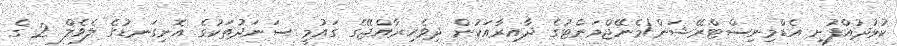
ކުޅުދުއްފުށި އެޑްމިނިސްޓްރޭޝަން/މެނޭޖްމަންޓުގެ ދާއިރާއަކުން ދިވެހިރާއްޖޭގެ ގައުމީ ސަނަދުތަކުގެ އޮނިގަނޑުގެ ލެވެލް 2 ގެ